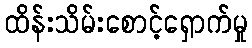
ထိန်းသိမ်းစောင့်ရှောက်မှု